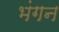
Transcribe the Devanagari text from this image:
भंगन